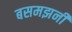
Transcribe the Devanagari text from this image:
बसमझनी